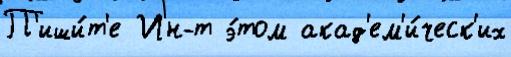
П'иши́т'е Ин-т э́том акад'ем'и́ческ'их